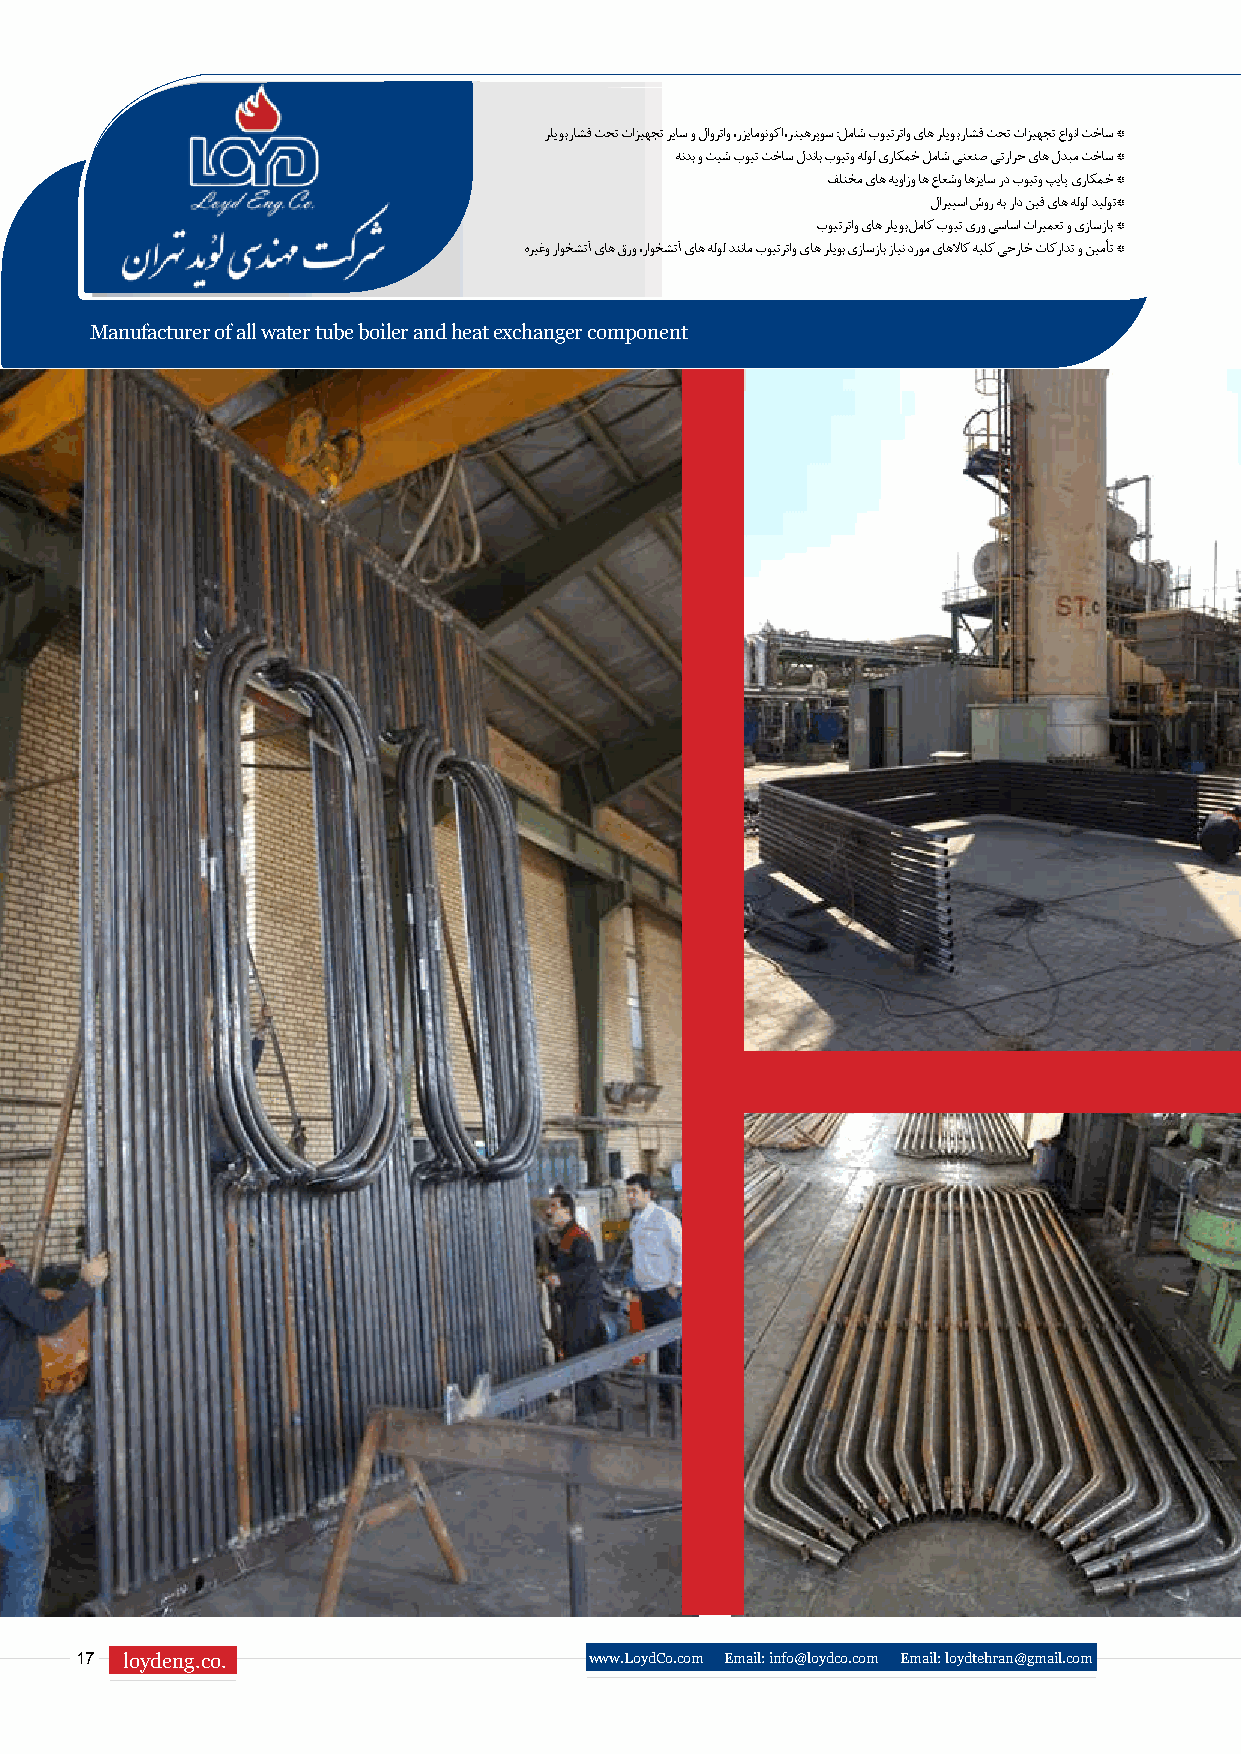
رلیوب راشف تحت تازیهجت ریاس و لاورتاو ،رزیامونوکا ،رتیهرپوس :لماش بویترتاو یاه رلیوب راشف تحت تازیهجت عاونا تخاس *
 هندب و تیش بویت تخاس لدناب بویتو هلول یراکمخ لماش یتعنص یترارح یاه لدبم تخاس *
 فلتخم یاه هیوازو اه عاعشو اهزیاس رد بویتو پیاپ یراکمخ *
 لاریپسا شور هب راد نیف یاه هلول دیلوت*
 بویترتاو یاه رلیوب لماک بویت یرو یساسا تاریمعت و یزاسزاب *
 هریغو راوخشتآ یاه قرو ،راوخشتآ یاه هلول دننام بویترتاو یاه رلیوب یزاسزاب زاین دروم یاهلااک هیلک یجراخ تاکرادت و نیمأت *
 Manufacturer of all water tube boiler and heat exchanger component
 17 loydeng.co.                    www.LoydCo.com Email: info@loydco.com Email: loydtehran@gmail.com